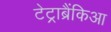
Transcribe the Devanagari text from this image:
टेट्राब्रैंकिआ